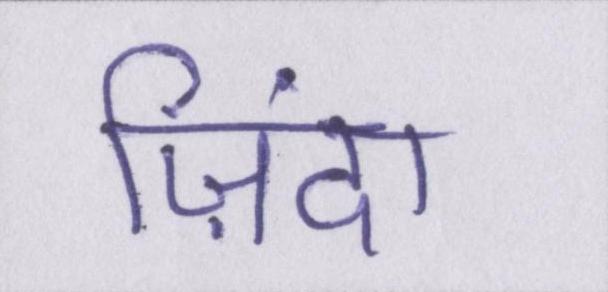
ज़िंदा